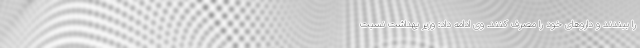
را ببندند و داروهای خود را مصرف کنند. وی ادامه داد: وزیر بهداشت نسبت